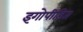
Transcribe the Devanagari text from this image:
इगोपीडित